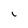
Character: i